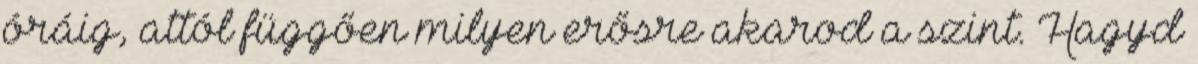
óráig, attól függően milyen erősre akarod a szint. Hagyd